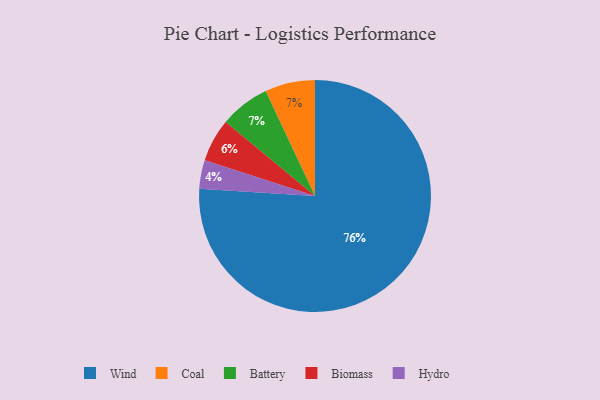
{"axis": {"x": "Category", "y": "Percentage"}, "legend": ["Battery", "Biomass", "Coal", "Hydro", "Wind"], "data": [{"x": "Hydro", "y": 4, "type": "Hydro"}, {"x": "Biomass", "y": 6, "type": "Biomass"}, {"x": "Coal", "y": 7, "type": "Coal"}, {"x": "Battery", "y": 7, "type": "Battery"}, {"x": "Wind", "y": 76, "type": "Wind"}]}